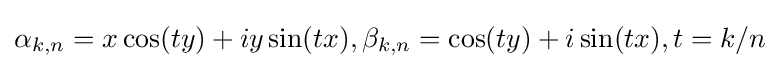
\alpha _{k,n}=x\cos(ty)+iy\sin(tx),\beta _{k,n}=\cos(ty)+i\sin(tx),t=k/n